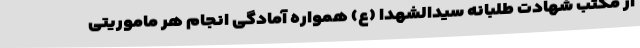
از مکتب شهادت طلبانه سیدالشهدا (ع) همواره آمادگی انجام هر ماموریتی